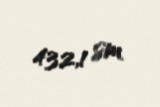
432,1 sm